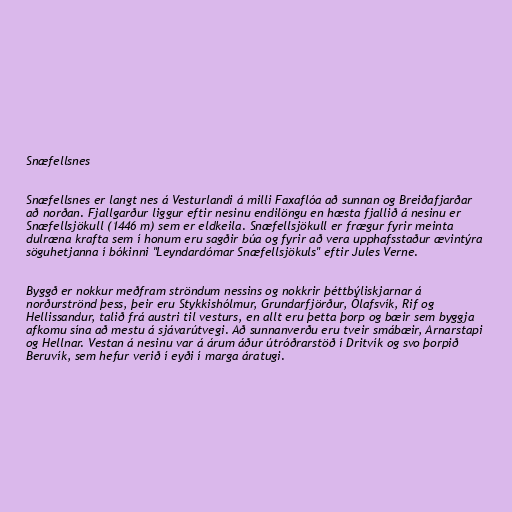
Snæfellsnes

Snæfellsnes er langt nes á Vesturlandi á milli Faxaflóa að sunnan og Breiðafjarðar
að norðan. Fjallgarður liggur eftir nesinu endilöngu en hæsta fjallið á nesinu er
Snæfellsjökull (1446 m) sem er eldkeila. Snæfellsjökull er frægur fyrir meinta
dulræna krafta sem í honum eru sagðir búa og fyrir að vera upphafsstaður ævintýra
söguhetjanna í bókinni "Leyndardómar Snæfellsjökuls" eftir Jules Verne.

Byggð er nokkur meðfram ströndum nessins og nokkrir þéttbýliskjarnar á
norðurströnd þess, þeir eru Stykkishólmur, Grundarfjörður, Ólafsvík, Rif og
Hellissandur, talið frá austri til vesturs, en allt eru þetta þorp og bæir sem byggja
afkomu sína að mestu á sjávarútvegi. Að sunnanverðu eru tveir smábæir, Arnarstapi
og Hellnar. Vestan á nesinu var á árum áður útróðrarstöð í Dritvík og svo þorpið
Beruvík, sem hefur verið í eyði í marga áratugi.